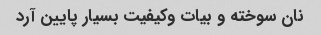
نان سوخته و بیات وکیفیت بسیار پایین آرد